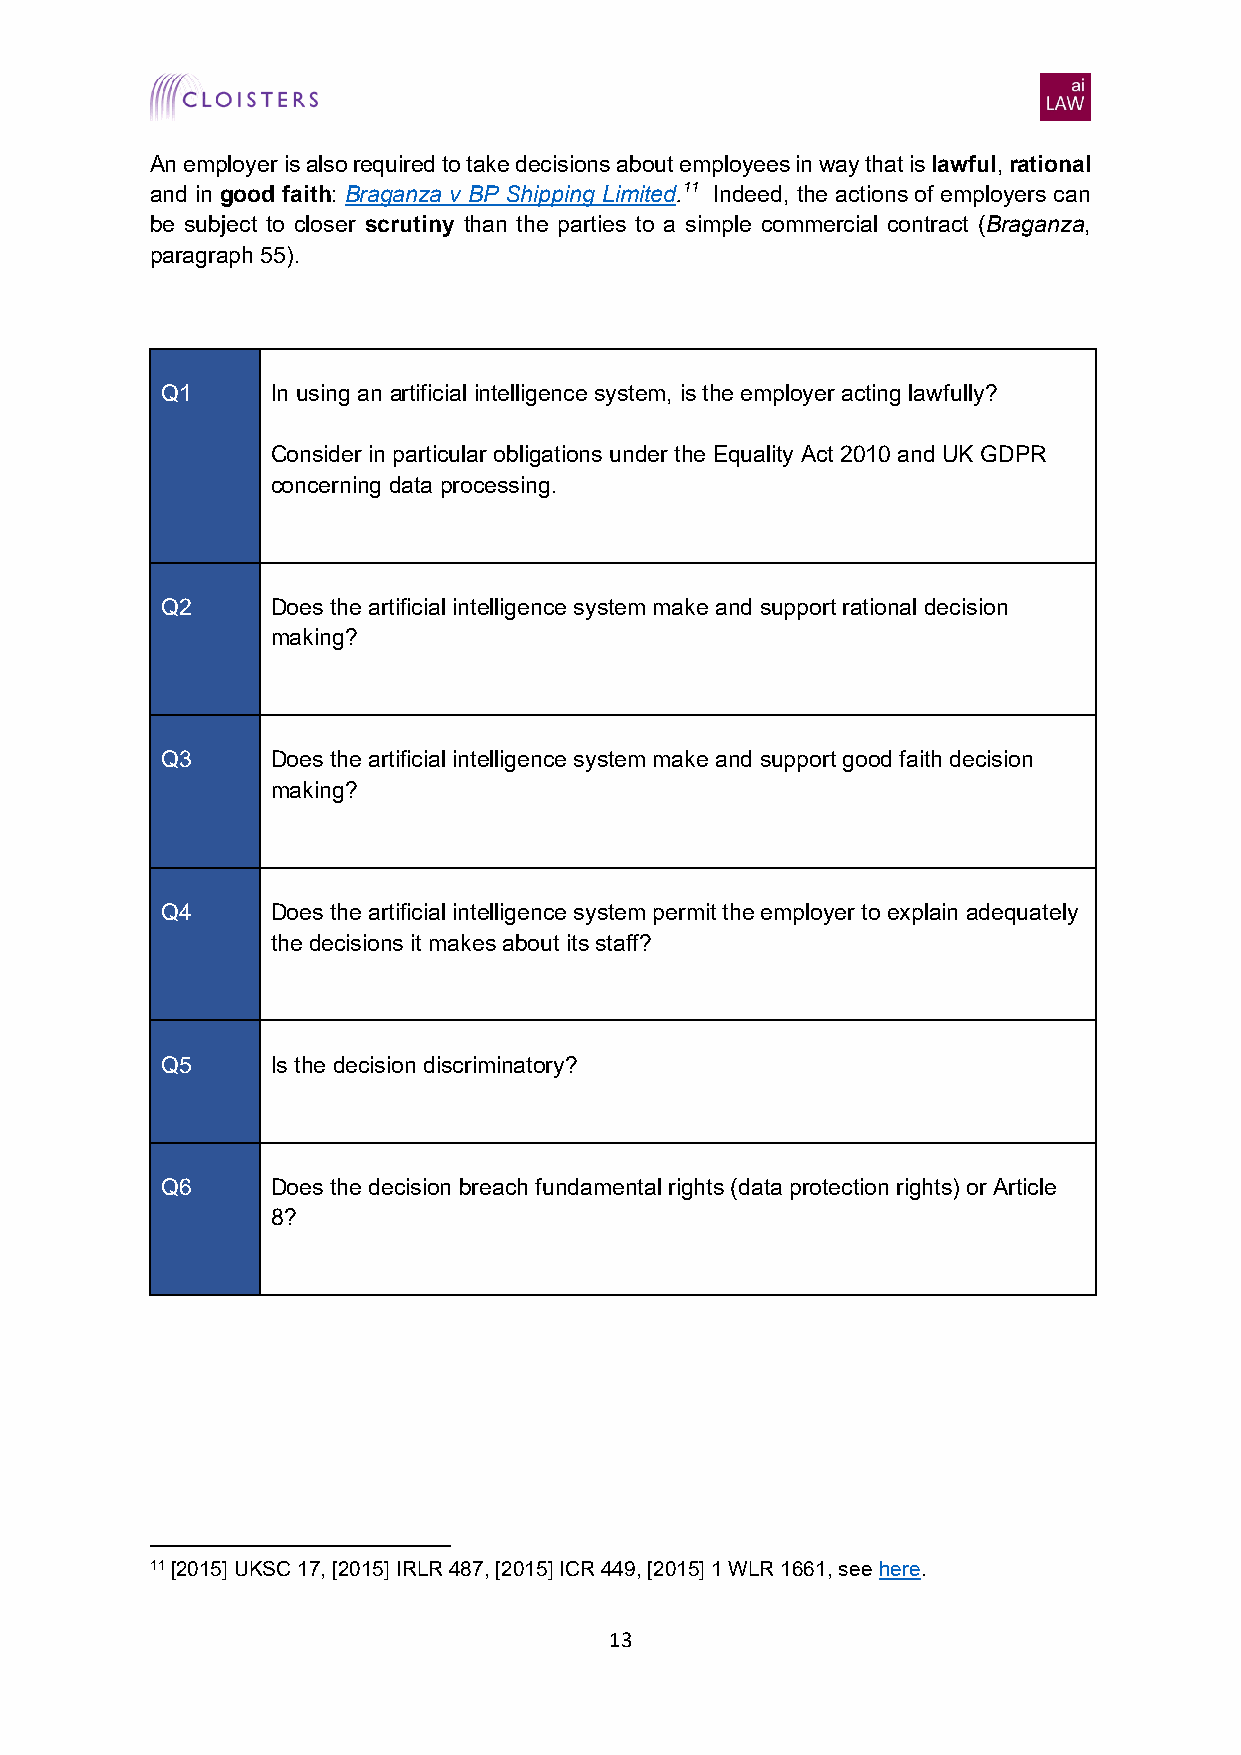
An employer is also required to take decisions about employees in way that is lawful, rational
 and in good faith: Braganza v BP Shipping Limited.11 Indeed, the actions of employers can
 be subject to closer scrutiny than the parties to a simple commercial contract (Braganza,
 paragraph 55).
 Q1     In using an artificial intelligence system, is the employer acting lawfully?
 Consider in particular obligations under the Equality Act 2010 and UK GDPR
 concerning data processing.
 Q2     Does the artificial intelligence system make and support rational decision
 making?
 Q3     Does the artificial intelligence system make and support good faith decision
 making?
 Q4     Does the artificial intelligence system permit the employer to explain adequately
 the decisions it makes about its staff?
 Q5     Is the decision discriminatory?
 Q6     Does the decision breach fundamental rights (data protection rights) or Article
 8?
 11 [2015] UKSC 17, [2015] IRLR 487, [2015] ICR 449, [2015] 1 WLR 1661, see here.
 13